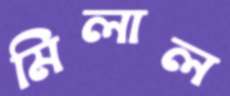
মিলাল